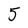
Character: 5